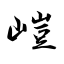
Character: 嵦